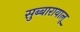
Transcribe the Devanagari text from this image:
सुब्बारायालू